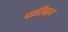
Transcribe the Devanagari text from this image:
पाठिंबाच